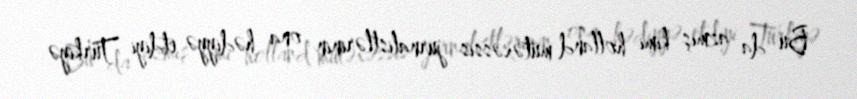
Bu da azmış kimi holland mütəxəssis jurnalistlərinin ona hədiyyə etdiyi Türkiyə